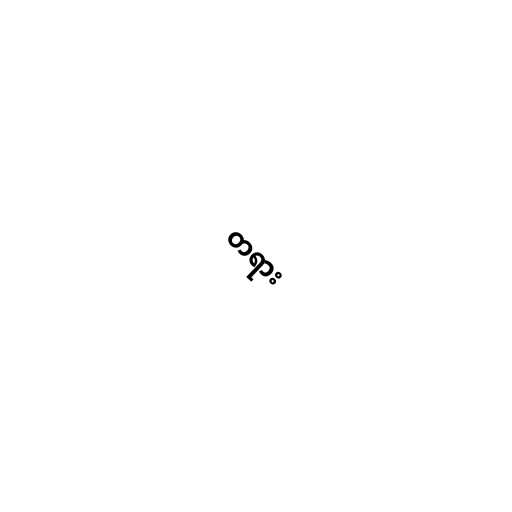
တရား